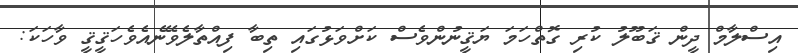
އިސްލާމް ދީން ޤަބޫލު ކުރި ގޮތްހަމަ ޔަޤީނުންވެސް ކަށްވަޅުގައި ތިބާ ފިއްތާލެވޭނެއެވެހަޤީޤީ ވާހަކަ: